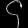
Digit: ၄